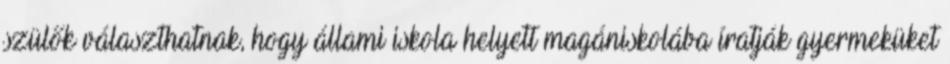
szülők választhatnak, hogy állami iskola helyett magániskolába íratják gyermeküket